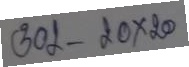
302 - 20 x 20